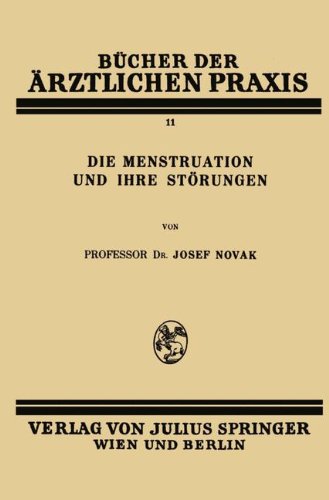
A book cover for Die Menstruation und ihre StÃ¶rungen (BÃ¼cher der Ã¤rztlichen Praxis) (German Edition); Josef Novak; Health, Fitness & Dieting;